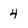
Character: 4